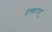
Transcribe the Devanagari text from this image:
प्रस्थानम्